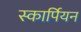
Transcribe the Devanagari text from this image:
स्कार्पियन